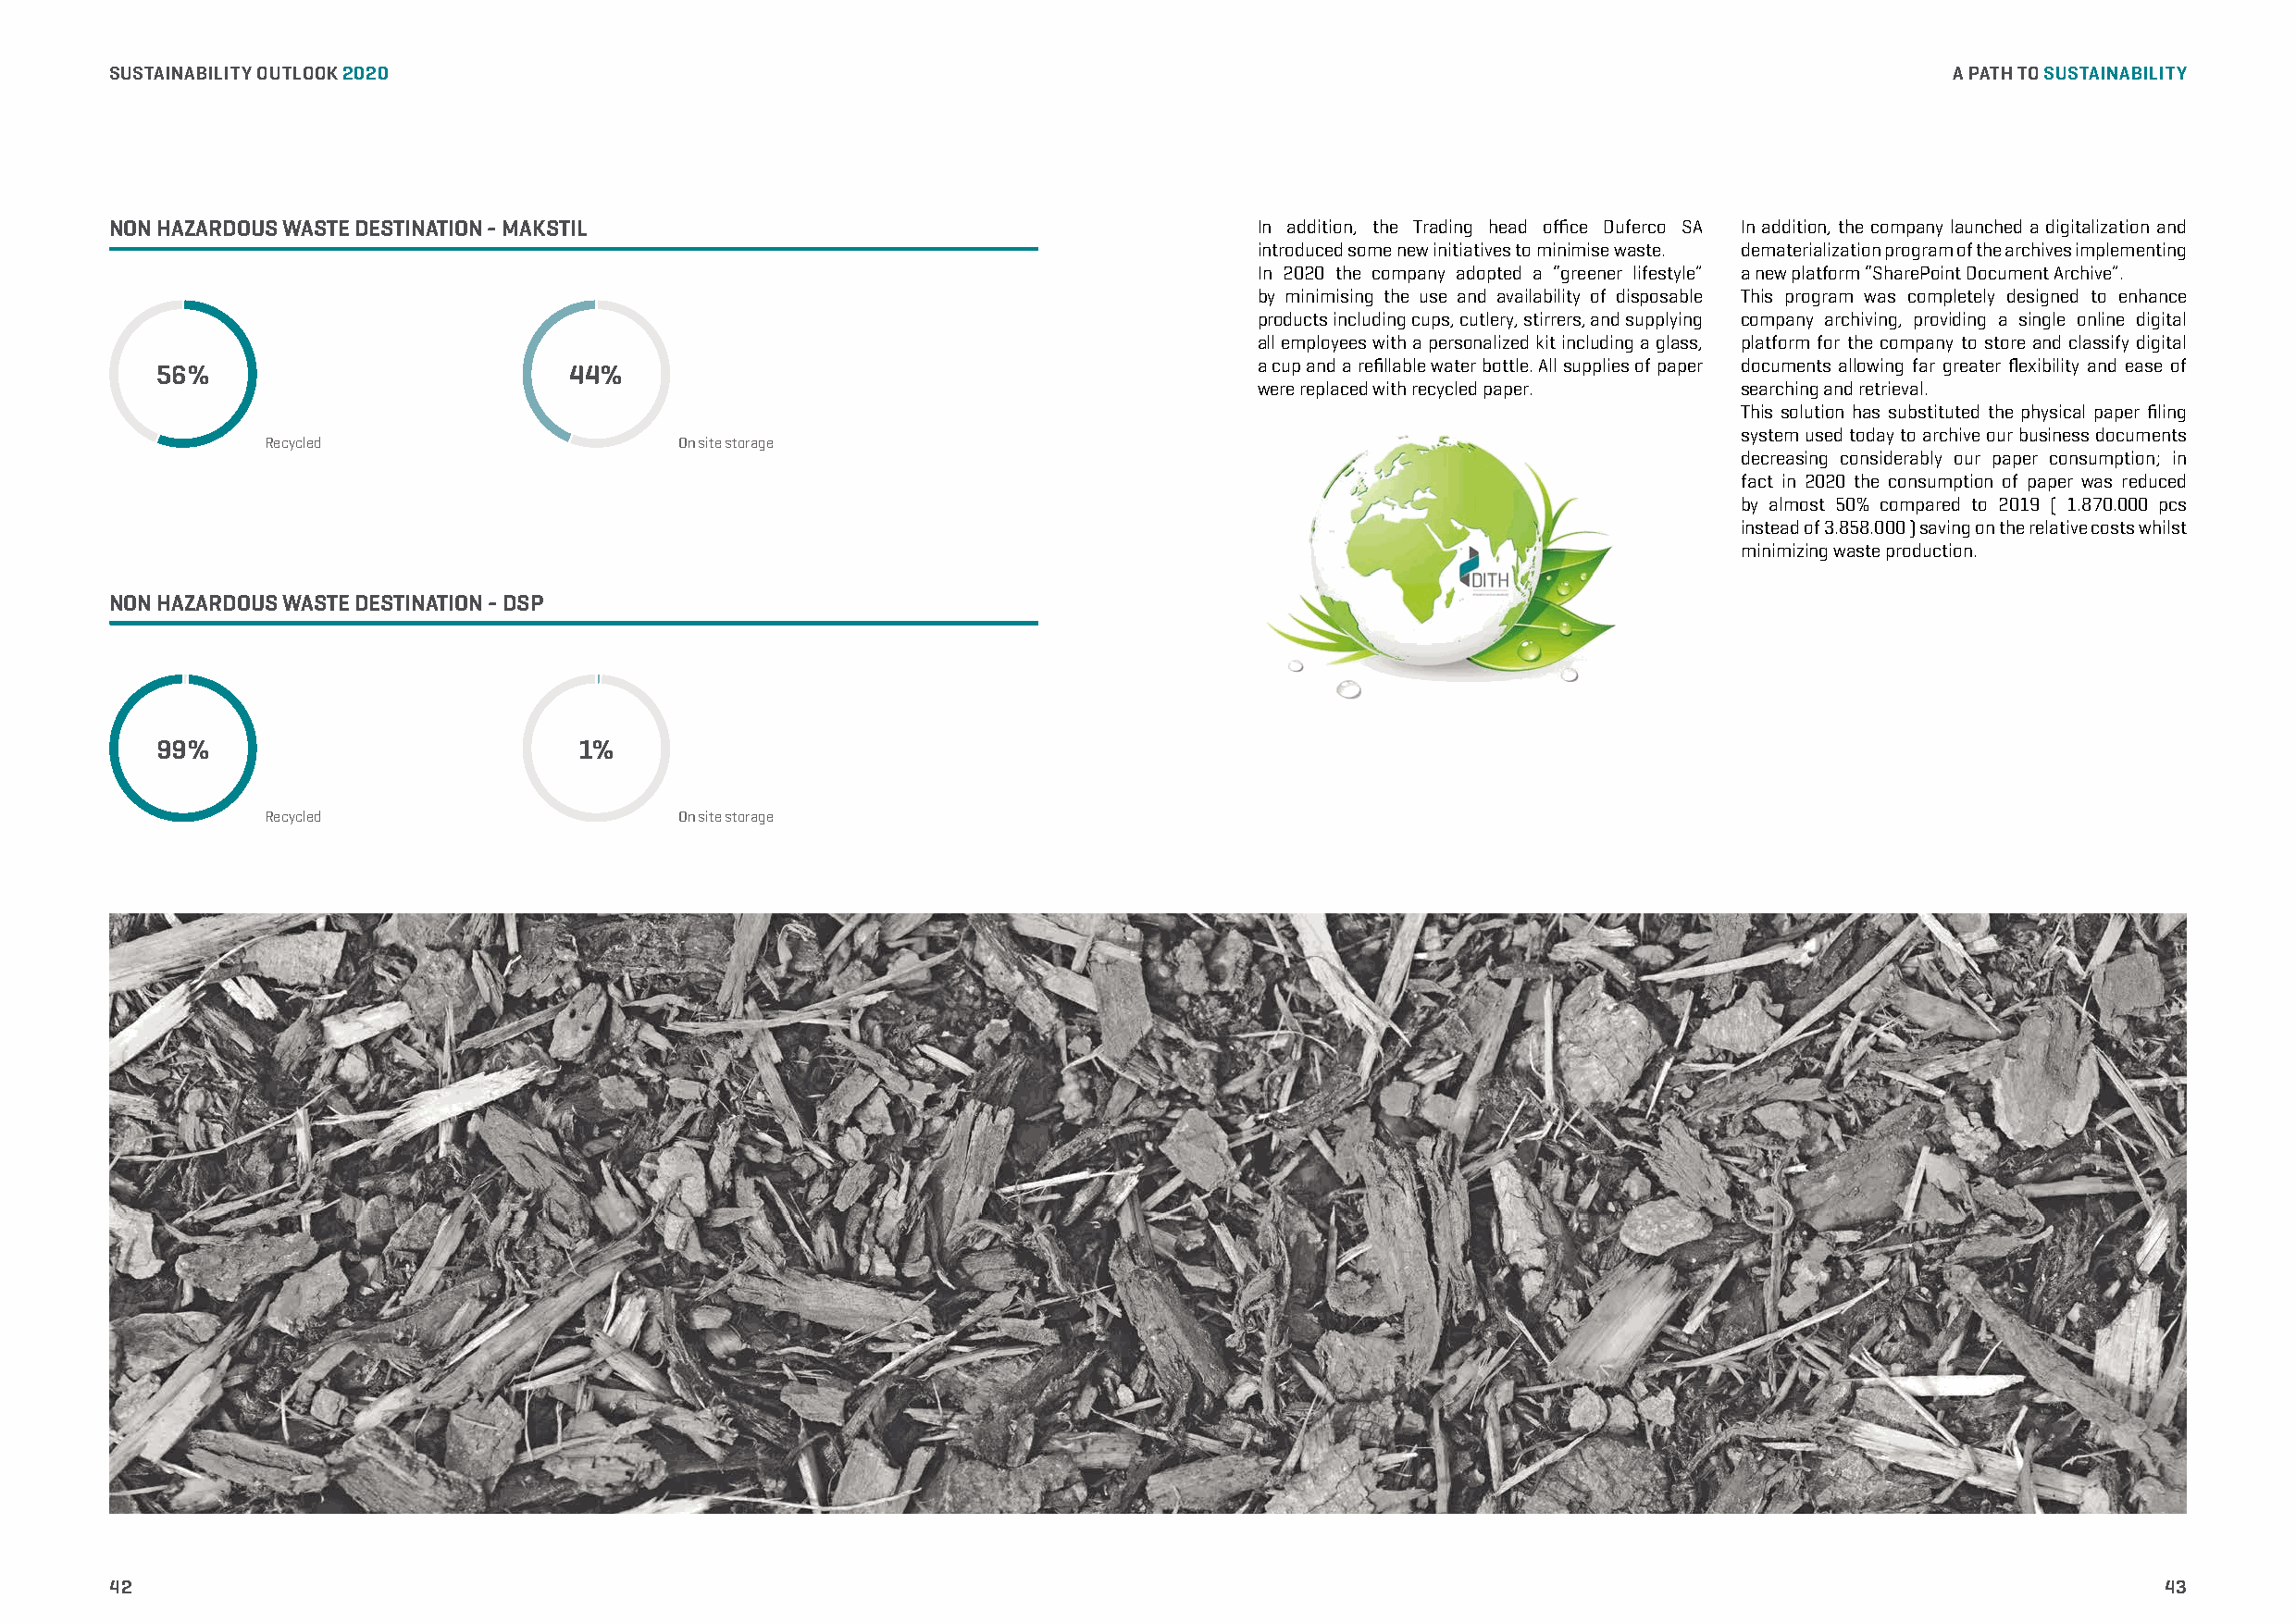
SUSTAINABILITY OUTLOOK 2020                                                                                                         A PATH TO SUSTAINABILITY
 NON HAZARDOUS WASTE DESTINATION - MAKSTIL                                         In addition, the Trading head office Duferco SA In addition, the company launched a digitalization and
 introduced some new initiatives to minimise waste. dematerialization program of the archives implementing
 In 2020 the company adopted a “greener lifestyle” a new platform “SharePoint Document Archive”.
 by minimising the use and availability of disposable This program was completely designed to enhance
 products including cups, cutlery, stirrers, and supplying company archiving, providing a single online digital
 all employees with a personalized kit including a glass, platform for the company to store and classify digital
 a cup and a refillable water bottle. All supplies of paper documents allowing far greater flexibility and ease of
 56%                           44%
 were replaced with recycled paper. searching and retrieval.
 This solution has substituted the physical paper filing
 system used today to archive our business documents
 Recycled                      On site storage
 decreasing considerably our paper consumption; in
 fact in 2020 the consumption of paper was reduced
 by almost 50% compared to 2019 ( 1.870.000 pcs
 instead of 3.858.000 ) saving on the relative costs whilst
 minimizing waste production.
 NON HAZARDOUS WASTE DESTINATION - DSP
 99%                           1%
 Recycled                      On site storage
 42                                                                                                                                                 43